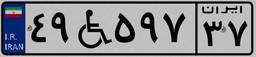
۴۹W۵۹۷۳۷